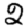
Digit: 2